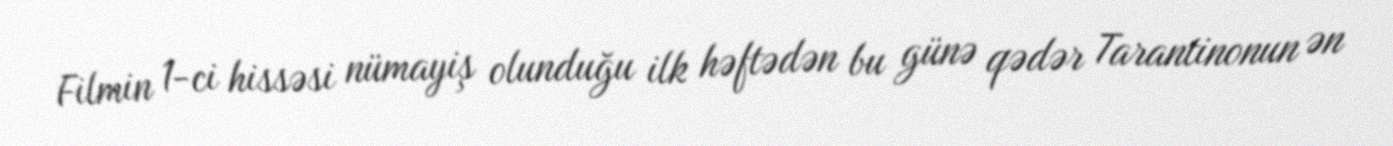
Filmin 1-ci hissəsi nümayiş olunduğu ilk həftədən bu günə qədər Tarantinonun ən